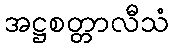
အဋ္ဌစတ္တာလီသံ